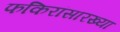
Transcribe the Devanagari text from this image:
फकिरांसारख्या